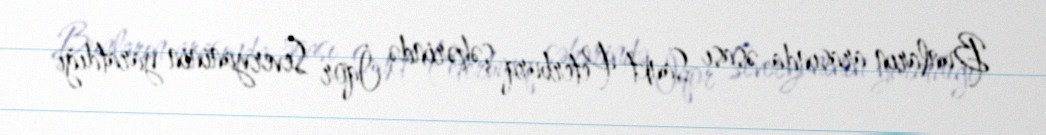
Bunların arasında əsası Sankt-Peterburq şəhərində İqor Severyaninin yaratdığı